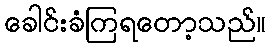
ခေါင်းခံကြရတော့သည်။